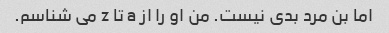
اما بن مرد بدی نیست. من او را از a تا z می شناسم.